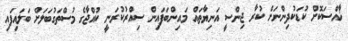
ޚާއްސަކޮށް ކުޑަކުދިންނަށް ކުރާ ޖިންސީ އަނިޔާތައް މައިންބަފައިން ސިއްރުކުރަނީ ކުއްޖާގެ މުސްތަގުބަލަށް ބަލައިފައި